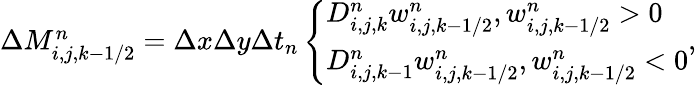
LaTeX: \begin{array}{r}{\Delta M_{i,j,k-1/2}^{n}=\Delta x\Delta y\Delta t_{n}\left\{ \begin{array}{ll}{D_{i,j,k}^{n}w_{i,j,k-1/2}^{n},w_{i,j,k-1/2}^{n}>0}\\ {D_{i,j,k-1}^{n}w_{i,j,k-1/2}^{n},w_{i,j,k-1/2}^{n}<0}\end{array}\right.,}\end{array}